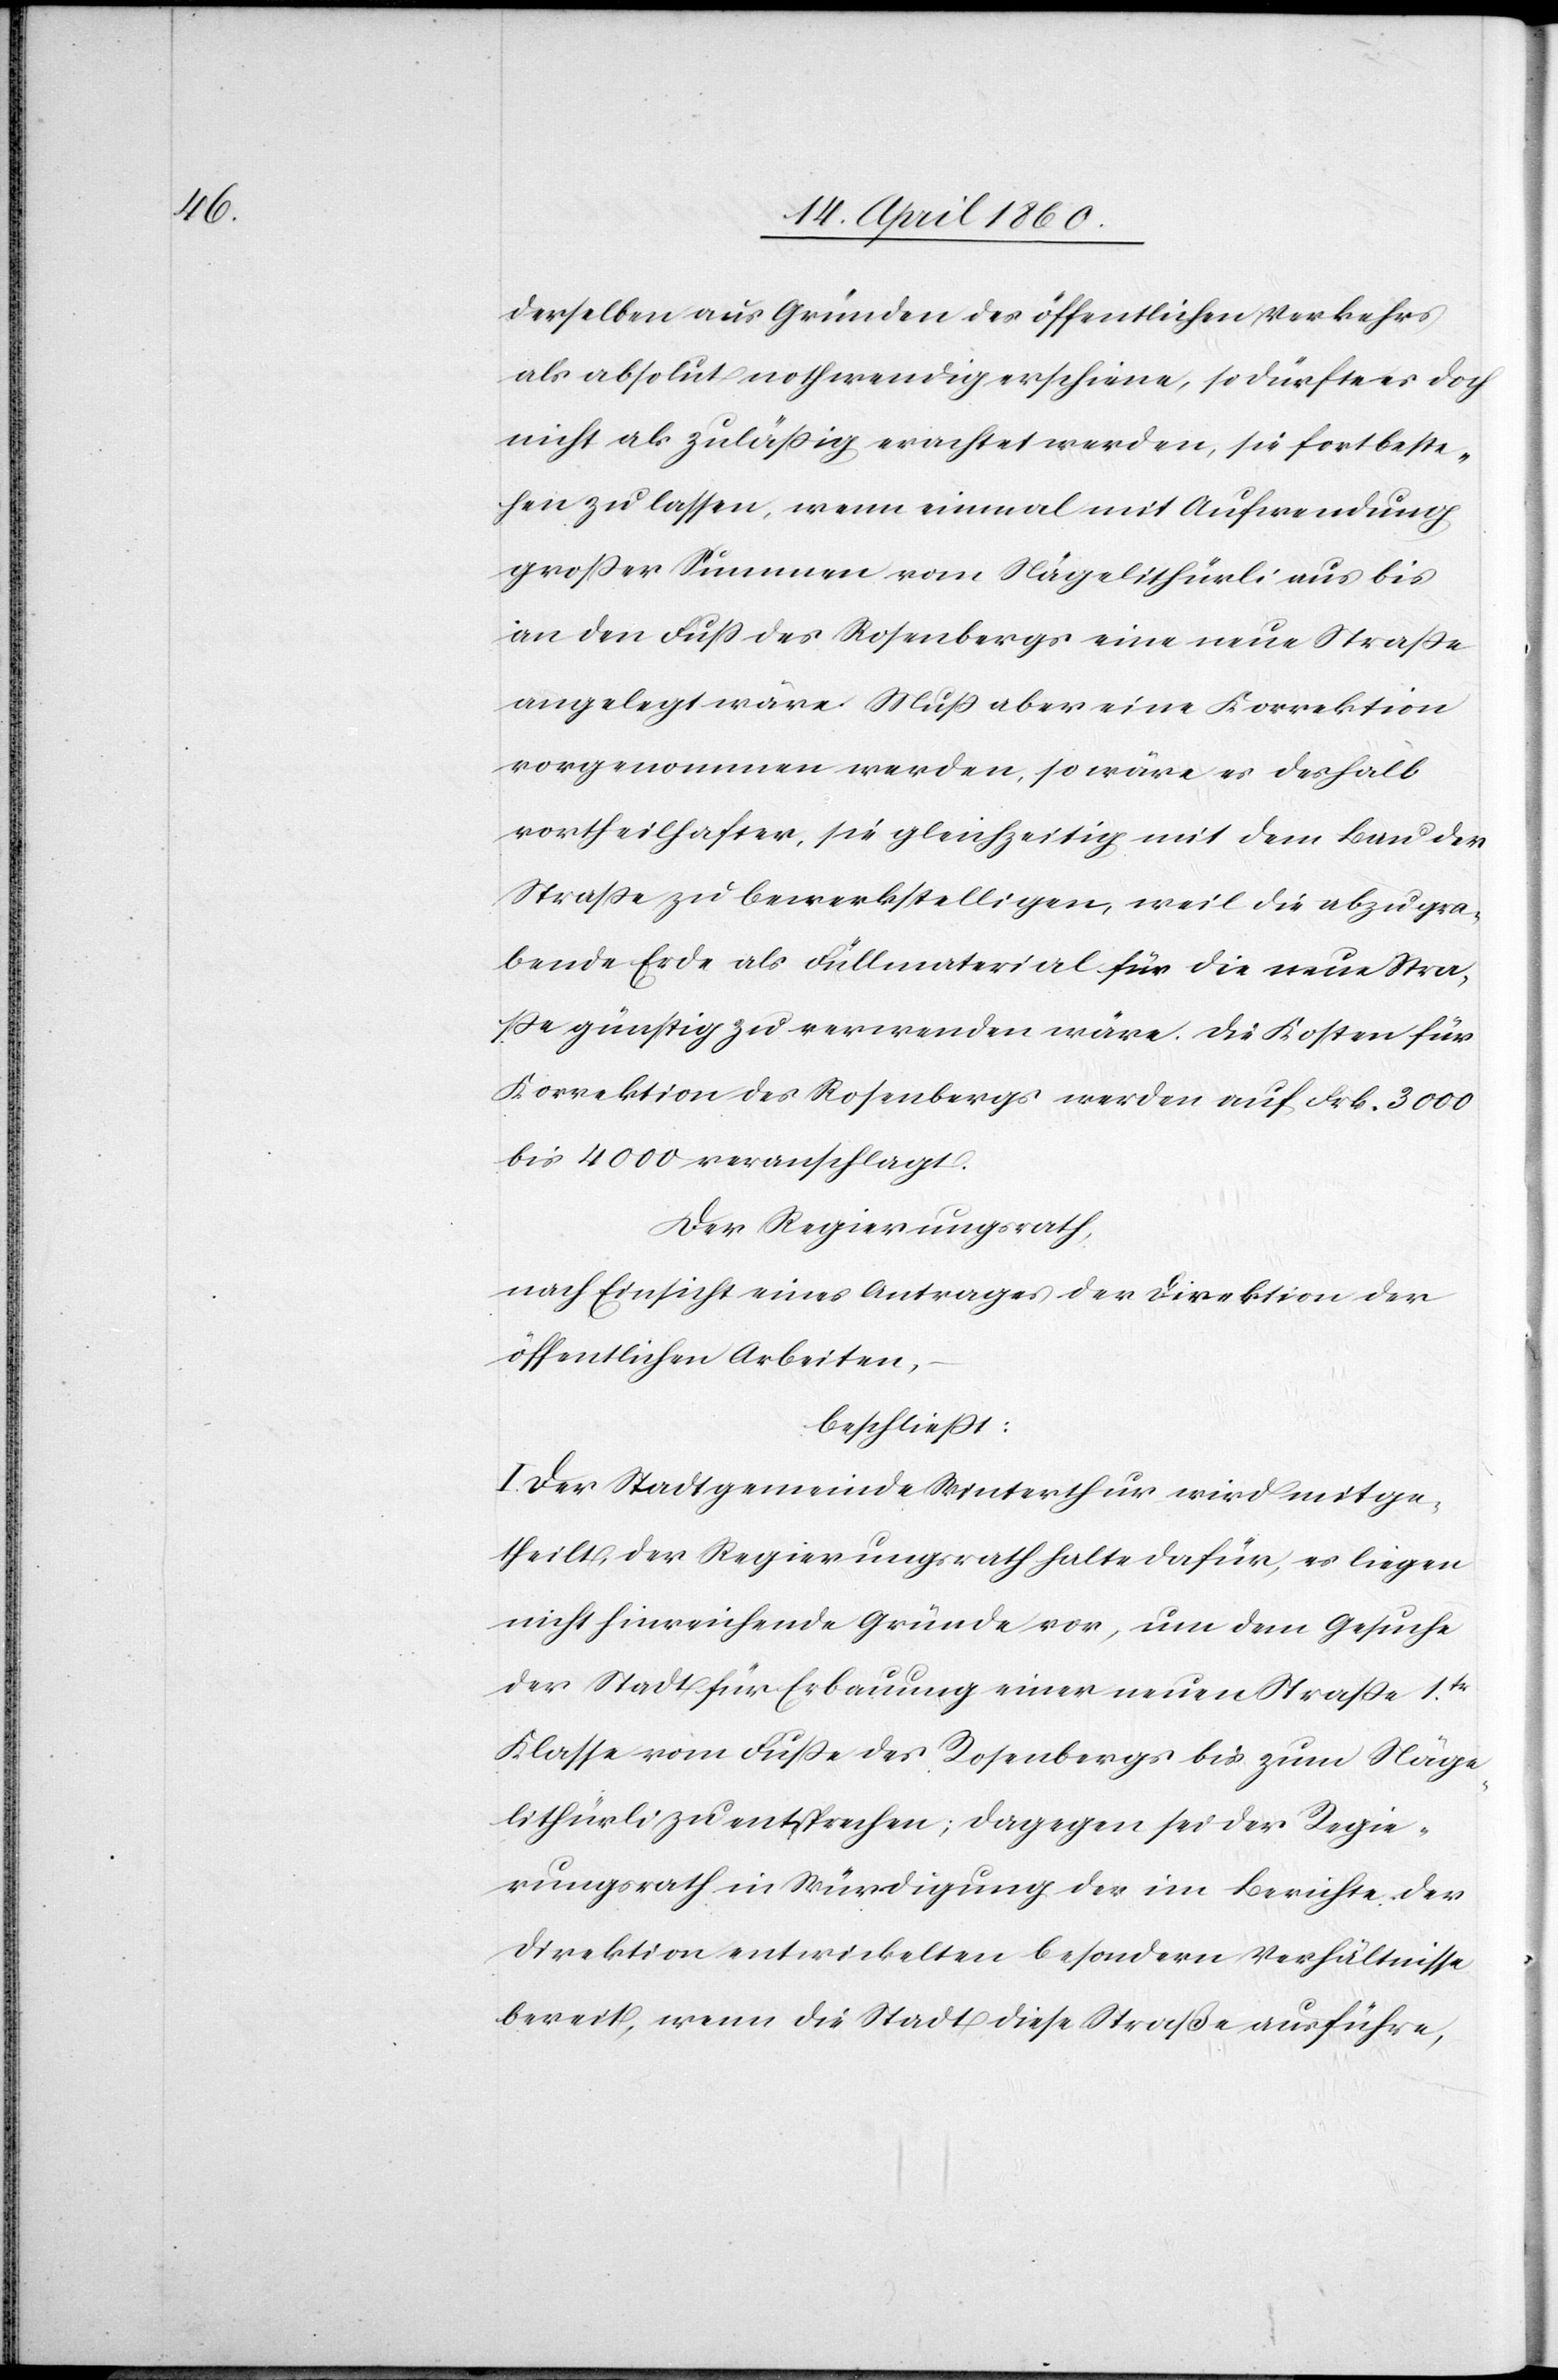
derselben aus Gründen des öffentlichen Verkehrs
als absolut nothwendig erscheine, so dürfte es doch
nicht als zulässig erachtet werden, sie fortbeste¬
hen zu lassen, wenn einmal mit Aufwendung
grosser Summen vom Nägelithürli aus bis
an den Fuss des Rosenbergs eine neue Strasse
angelegt wäre. Muss aber eine Korrektion
vorgenommen werden, so wäre es deshalb
vortheilhafter, sie gleichzeitig mit dem Bau der
Strasse zu bewerkstelligen, weil die abzugra¬
bende Erde als Füllmaterial für die neue Stra¬
sse günstig zu verwenden wäre. Die Kosten für
Korrektion des Rosenbergs werden auf Frk. 3000
bis 4000 veranschlagt.
Der Regierungsrath,
nach Einsicht eines Antrages der Direktion der
öffentlichen Arbeiten,
beschliesst:
I. Der Stadtgemeinde Winterthur wird mitge¬
theilt, der Regierungsrath halte dafür, es liegen
nicht hinreichende Gründe vor, um dem Gesuche
der Stadt für Erbauung einer neuen Strasse 1tr
Klasse vom Fusse des Rosenbergs bis zum Näge¬
lithürli zu entsprechen; dagegen sei der Regie¬
rungsrath in Würdigung der im Berichte der
Direktion entwickelten besondern Verhältnisse
bereit, wenn die Stadt diese Straße ausführe,